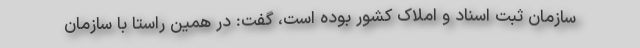
سازمان ثبت اسناد و املاک کشور بوده است، گفت: در همین راستا با سازمان